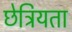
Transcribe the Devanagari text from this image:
छेत्रियता